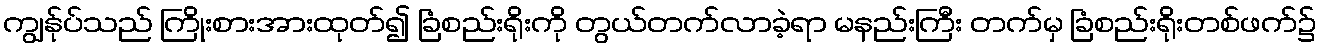
ကျွန်ုပ်သည် ကြိုးစားအားထုတ်၍ ခြံစည်းရိုးကို တွယ်တက်လာခဲ့ရာ မနည်းကြီး တက်မှ ခြံစည်းရိုးတစ်ဖက်၌